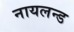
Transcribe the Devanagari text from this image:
नायलन्ड